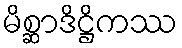
မိစ္ဆာဒိဋ္ဌိကဿ